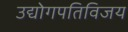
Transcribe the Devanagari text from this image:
उद्योगपतिविजय